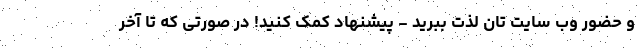
و حضور وب سایت تان لذت ببرید - پیشنهاد کمک کنید! در صورتی که تا آخر